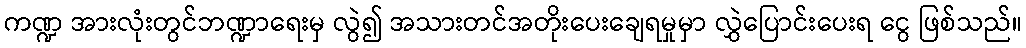
ကဏ္ဍ အားလုံးတွင်ဘဏ္ဍာရေးမှ လွဲ၍ အသားတင်အတိုးပေးချေရမှုမှာ လွှဲပြောင်းပေးရ ငွေ ဖြစ်သည်။